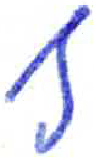
אות: ף